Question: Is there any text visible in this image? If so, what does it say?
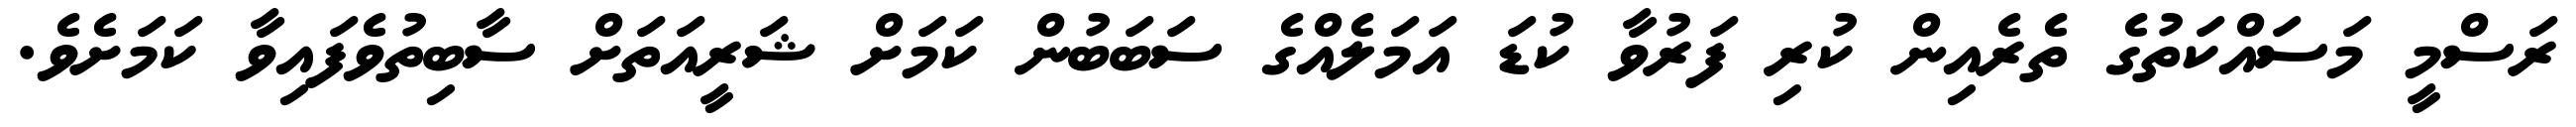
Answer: ރަސްމީ މަސައްކަތުގެ ތެރެއިން ކުރި ފަރުވާ ކުޑަ އަމަލެއްގެ ސަބަބުން ކަމަށް ޝަރީއަތަށް ސާބިތުވެފައިވާ ކަމަށެވެ.